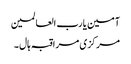
آمین یا رب العالمین
مرکزی مراقبہ ہال ۔